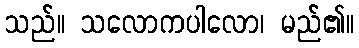
သည်။ သလောကပါလော၊ မည်၏။